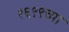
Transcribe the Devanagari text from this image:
१६९९च्या